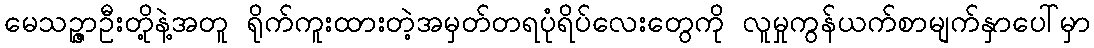
မေသဉ္ဇာဦးတို့နဲ့အတူ ရိုက်ကူးထားတဲ့အမှတ်တရပုံရိပ်လေးတွေကို လူမှုကွန်ယက်စာမျက်နှာပေါ်မှာ